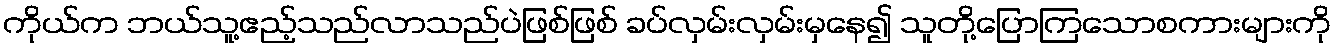
ကိုယ်က ဘယ်သူ့ဧည့်သည်လာသည်ပဲဖြစ်ဖြစ် ခပ်လှမ်းလှမ်းမှနေ၍ သူတို့ပြောကြသောစကားများကို